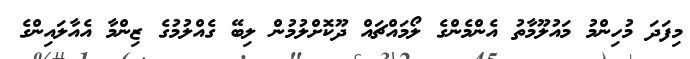
މިފަދަ މުހިންމު މައުލޫމާތު އެންމެންގެ ލޯމައްޗައް ދޫކޮށްލުމުން ލިބޭ ގެއްލުމުގެ ޒިންމާ އެއާލައިންގެ